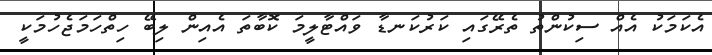
އެކަމަކު އެއް ސިކުންތު ތެރޭގައި ކަރުކަނޑާ ވައްޓާލީމަ ކޮބާތަ އެއިން ލިބޭ ހިތްހަމަޖެހުމަކީ